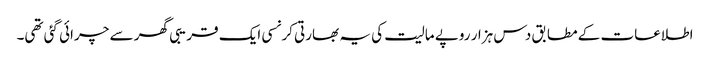
اطلاعات کے مطابق دس ہزار روپے مالیت کی یہ بھارتی کرنسی ایک قریبی گھر سے چرائی گئی تھی۔